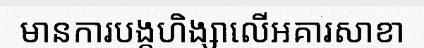
មានការបង្កហិង្សាលើអគារសាខា